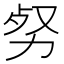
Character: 𠡡